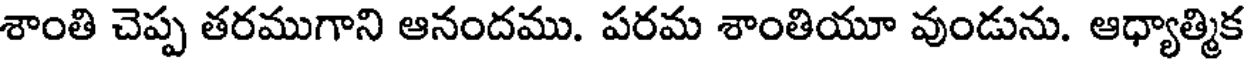
శాంతి చెప్ప తరముగాని ఆనందము. పరమ శాంతియూ వుండును. ఆధ్యాత్మిక